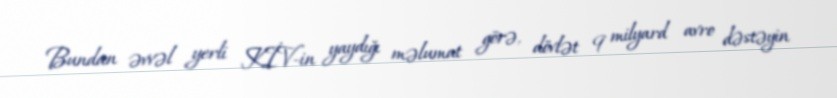
Bundan əvvəl yerli KİV-in yaydığı məlumat görə, dövlət 9 milyard avro dəstəyin